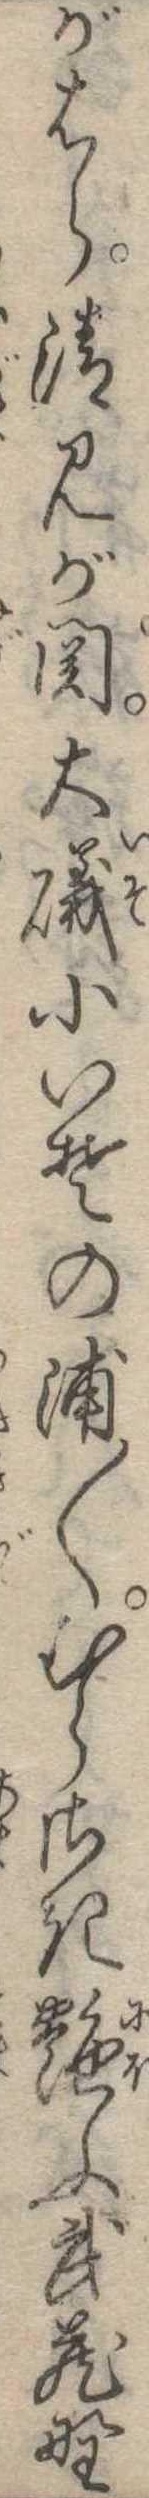
がはら清見が関大磯小いその浦〱むらさき艶ふ武蔵野